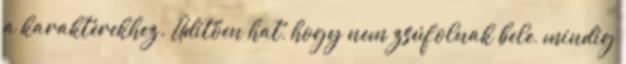
a karakterekhez. Üdítően hat, hogy nem zsúfolnak bele, mindig